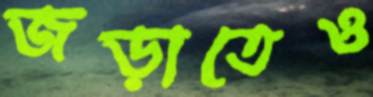
জড়াতেও